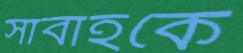
সাবাহকে